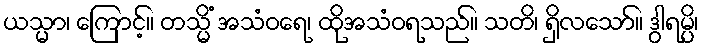
ယသ္မာ၊ ကြောင့်။ တသ္မိံ အသံဝရေ၊ ထိုအသံဝရသည်။ သတိ၊ ရှိလသော်။ ဒွါရမ္ပိ၊